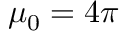
\mu _ { 0 } = 4 \pi